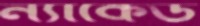
ন্যাকেড